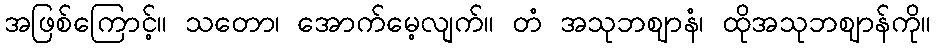
အဖြစ်ကြောင့်။ သတော၊ အောက်မေ့လျက်။ တံ အသုဘဈာနံ၊ ထိုအသုဘဈာန်ကို။